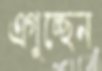
এগুচ্ছেন